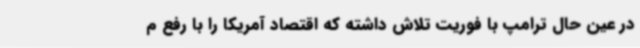
در عین حال ترامپ با فوریت تلاش داشته که اقتصاد آمریکا را با رفع م